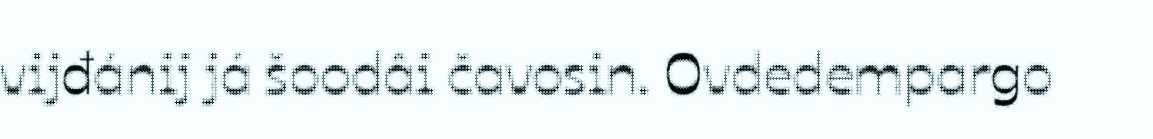
vijđánij já šoodâi čavosin. Ovdedempargo